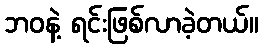
ဘဝနဲ့ ရင်းဖြစ်လာခဲ့တယ်။